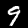
Digit: 9